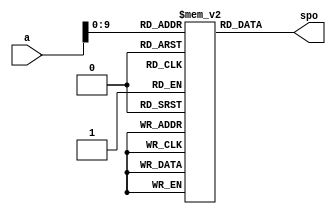
module IMEM (
    input wire[31:0] a,

    output wire[31:0] spo
);

    reg[31:0] inst_array[0:1023];

    assign spo = inst_array[a[9:0]];
    
endmodule